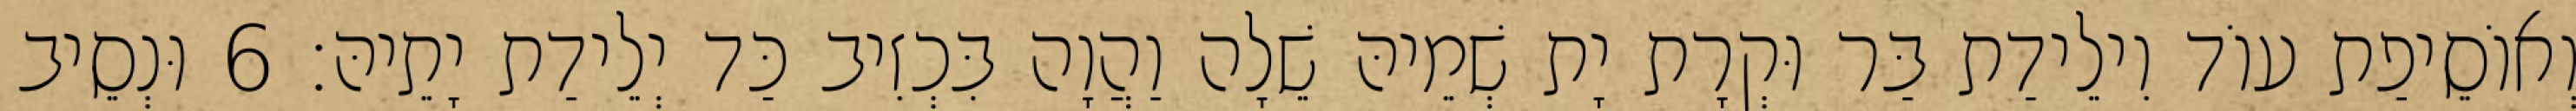
וְאוֹסֵיפַת עוֹד וִילֵידַת בַּר וּקְרָת יָת שְׁמֵיהּ שֵׁלָה וַהֲוָה בִּכְזִיב כַּד יְלֵידַת יָתֵיהּ׃ 6 וּנְסֵיב